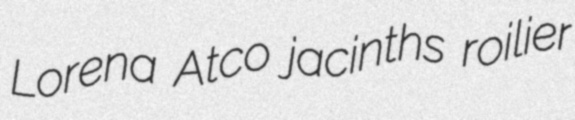
Lorena Atco jacinths roilier